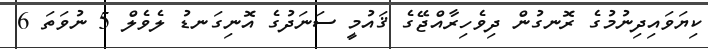
ކިޔަވައިދިނުމުގެ ރޮނގުން ދިވެހިރާއްޖޭގެ ޤައުމީ ސަނަދުގެ އޮނިގަނޑު ލެވެލް 5 ނުވަތަ 6